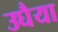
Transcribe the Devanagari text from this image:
उघैया